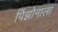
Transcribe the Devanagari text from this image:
पिंझोनाला